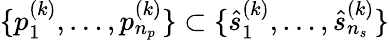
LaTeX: \{ p_{1}^{(k)},\ldots,p_{n_{p}}^{(k)}\} \subset\{ \hat{s}_{1}^{(k)},\ldots,\hat{s}_{n_{s}}^{(k)}\}